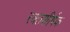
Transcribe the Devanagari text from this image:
रक्तशीर्षक